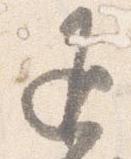
返